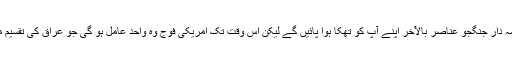
ج: عراق میں خانہ جنگی کے ذمہ دار جنگجو عناصر بالآخر اپنے آپ کو تھکا ہوا پائیں گے لیکن اس وقت تک امریکی فوج وہ واحد عامل ہو گی جو عراق کی تقسیم میں رکاوٹ بن کر کھڑی ہو گی۔